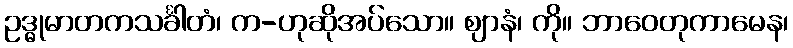
ဥဒ္ဓုမာတကသင်္ခါတံ၊ က-ဟုဆိုအပ်သော။ ဈာနံ၊ ကို။ ဘာဝေတုကာမေန၊